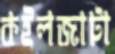
কইলজাটা